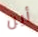
أين